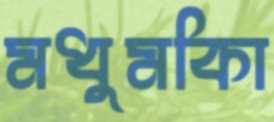
মধুমকিা